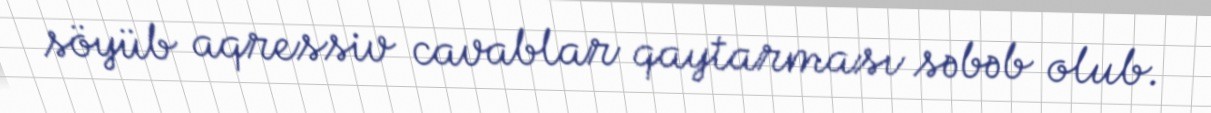
söyüb aqressiv cavablar qaytarması səbəb olub.